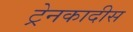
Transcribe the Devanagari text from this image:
ट्रेनकादीस